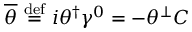
{ \overline { { \theta } } } \ { \stackrel { \mathrm { d e f } } { = } } \ i \theta ^ { \dagger } \gamma ^ { 0 } = - \theta ^ { \perp } C